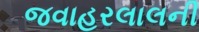
જવાહરલાલની